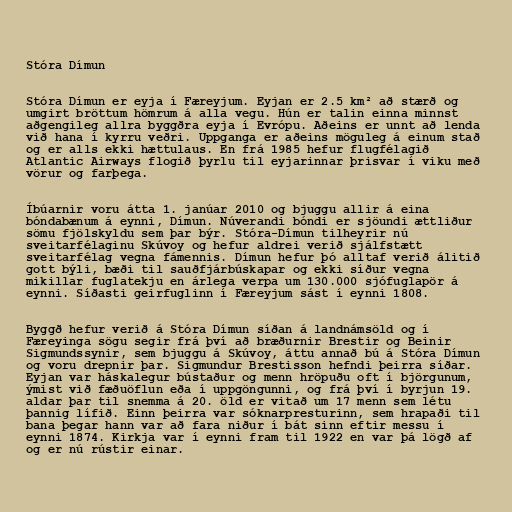
Stóra Dímun

Stóra Dímun er eyja í Færeyjum. Eyjan er 2.5 km² að stærð og
umgirt bröttum hömrum á alla vegu. Hún er talin einna minnst
aðgengileg allra byggðra eyja í Evrópu. Aðeins er unnt að lenda
við hana í kyrru veðri. Uppganga er aðeins möguleg á einum stað
og er alls ekki hættulaus. En frá 1985 hefur flugfélagið
Atlantic Airways flogið þyrlu til eyjarinnar þrisvar í viku með
vörur og farþega.

Íbúarnir voru átta 1. janúar 2010 og bjuggu allir á eina
bóndabænum á eynni, Dímun. Núverandi bóndi er sjöundi ættliður
sömu fjölskyldu sem þar býr. Stóra-Dímun tilheyrir nú
sveitarfélaginu Skúvoy og hefur aldrei verið sjálfstætt
sveitarfélag vegna fámennis. Dímun hefur þó alltaf verið álitið
gott býli, bæði til sauðfjárbúskapar og ekki síður vegna
mikillar fuglatekju en árlega verpa um 130.000 sjófuglapör á
eynni. Síðasti geirfuglinn í Færeyjum sást í eynni 1808.

Byggð hefur verið á Stóra Dímun síðan á landnámsöld og í
Færeyinga sögu segir frá því að bræðurnir Brestir og Beinir
Sigmundssynir, sem bjuggu á Skúvoy, áttu annað bú á Stóra Dímun
og voru drepnir þar. Sigmundur Brestisson hefndi þeirra síðar.
Eyjan var háskalegur bústaður og menn hröpuðu oft í björgunum,
ýmist við fæðuöflun eða í uppgöngunni, og frá því í byrjun 19.
aldar þar til snemma á 20. öld er vitað um 17 menn sem létu
þannig lífið. Einn þeirra var sóknarpresturinn, sem hrapaði til
bana þegar hann var að fara niður í bát sinn eftir messu í
eynni 1874. Kirkja var í eynni fram til 1922 en var þá lögð af
og er nú rústir einar.